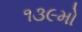
૧૩૯મો